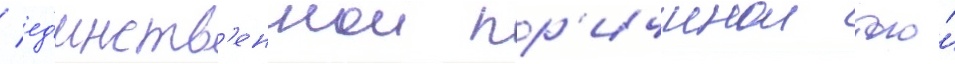
/ ед'инств'еннои пр'ичинои того́